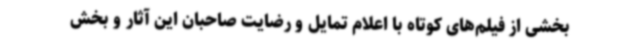
بخشی از فیلم‌های کوتاه با اعلام تمایل و رضایت صاحبان این آثار و بخش